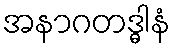
အနာဂတဒ္ဓါနံ